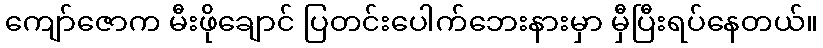
ကျော်ဇောက မီးဖိုချောင် ပြတင်းပေါက်ဘေးနားမှာ မှီပြီးရပ်နေတယ်။